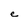
Character: e